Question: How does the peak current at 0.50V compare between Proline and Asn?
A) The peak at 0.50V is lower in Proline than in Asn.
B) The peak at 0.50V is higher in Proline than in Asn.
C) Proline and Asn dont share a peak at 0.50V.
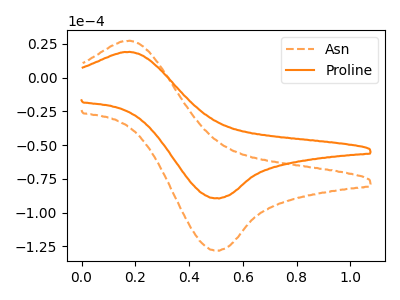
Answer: <think>The orange dashed curve "Asn" has an anodic peak at (0.15V, 27.25uA) and a cathodic peak at (0.50V, -127.80uA). The orange curve "Proline" has an anodic peak at (0.15V, 19.00uA) and a cathodic peak at (0.50V, -89.20uA).</think>
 <answer>A) The peak at 0.50V is lower in "Proline" than in "Asn".</answer>
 <eval>A</eval>